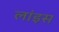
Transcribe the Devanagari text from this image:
लांइस